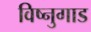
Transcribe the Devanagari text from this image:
विष्नुगाड